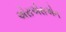
એસએસએન